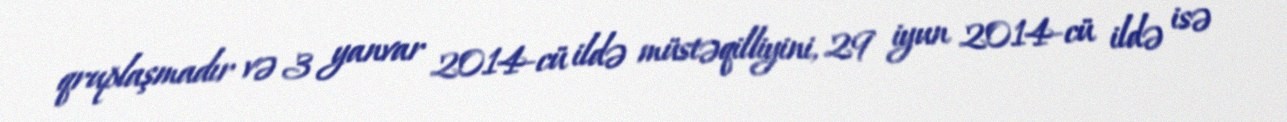
qruplaşmadır və 3 yanvar 2014-cü ildə müstəqilliyini, 29 iyun 2014-cü ildə isə